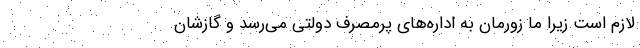
لازم است زیرا ما زورمان به اداره‌های پرمصرف دولتی می‌رسد و گازشان